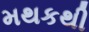
મથકથી